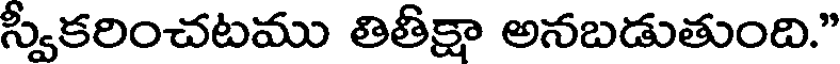
స్వీకరించటము తితీక్షా అనబడుతుంది."